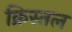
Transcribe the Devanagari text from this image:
क्रिस्तल